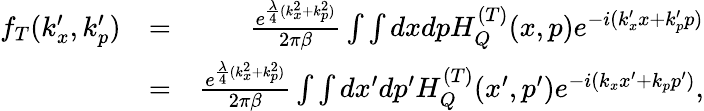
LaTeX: \begin{array}{rlr}{f_{T}(k_{x}^{\prime},k_{p}^{\prime})}&{=}&{\frac{e^{\frac{\lambda}{4}(k_{x}^{2}+k_{p}^{2})}}{2\pi\beta}\int\int dxdpH_{Q}^{(T)}(x,p)e^{-i(k_{x}^{\prime}x+k_{p}^{\prime}p)}}\\ &{=}&{\frac{e^{\frac{\lambda}{4}(k_{x}^{2}+k_{p}^{2})}}{2\pi\beta}\int\int dx^{\prime}dp^{\prime}H_{Q}^{(T)}(x^{\prime},p^{\prime})e^{-i(k_{x}x^{\prime}+k_{p}p^{\prime})},}\end{array}